Indian journal of veterinary science and animal husbandry - Volume 8,
Year: 1938
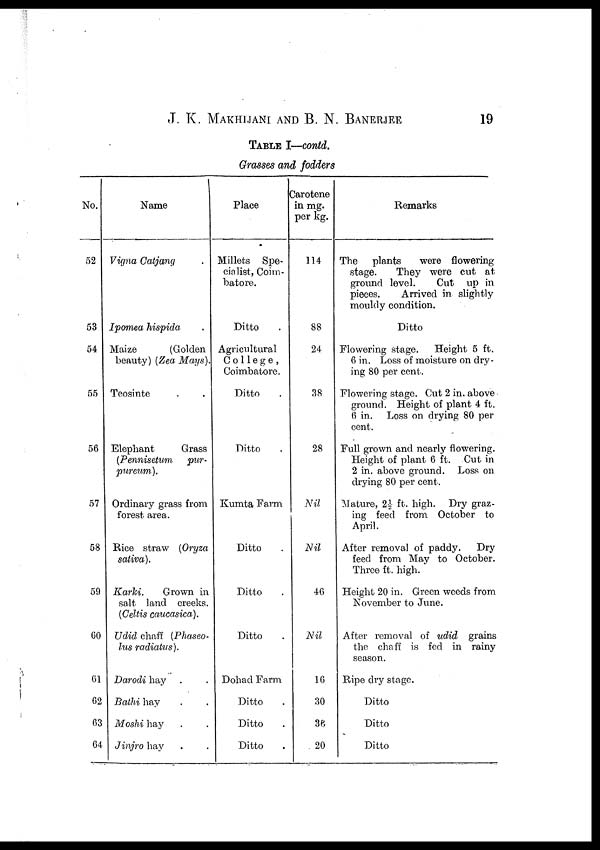
J. K. MAKHIJANI AND B. N.
BANERJEE
19
TABLE I—contd.
Grasses and fodders
No.
52
53
54
55
56
57
58
59
60
61
62
63
64
Name
Vigna Catjang
Ipomea hispida .
Maize
(Golden
beauty) (Zea Mays).
Teosinte
Elephant
Grass
(Pennisetum
pur-
pureum).
Ordinary grass from
forest area.
Rice straw (Oryza
sativa).
Karki.
Grown in
salt land creeks.
(Celtis caucasica).
Udid chaff (Phaseo¬
lus radiatus).
Darodi hay
Bathi hay
Moshi hay
Jinjro hay
Place
Millets Spe-
cialist, Coim-
batore.
Ditto .
Agricultural
College,
Coimbatore.
Ditto .
Ditto .
Kumta Farm
Ditto .
Ditto .
Ditto .
Dohad Farm
Ditto .
Ditto .
Ditto .
Carotene
in mg.
per kg.
114
88
24
38
28
Nil
Nil
46
Nil
16
30
36
20
Remarks
The
plants
were flowering
stage.
They were cut at
ground level.
Cut up in
pieces.
Arrived in slightly
mouldy condition.
Ditto
Flowering stage.
Height 5 ft.
6 in. Loss of moisture on dry-
ing 80 per cent.
Flowering stage. Cut 2 in. above
ground. Height of plant 4 ft.
6 in. Loss on drying 80 per
cent.
Full grown and nearly flowering.
Height of plant 6 ft. Cut in
2 in. above ground. Loss on
drying 80 per cent.
Mature, 2½ ft. high. Dry graz-
ing feed from October to
April.
After removal of paddy.
Dry
feed from May to October.
Three ft. high.
Height 20 in. Green weeds from
November to June.
After removal of udid grains
the chaff is fed in rainy
season.
Ripe dry stage.
Ditto
Ditto
Ditto